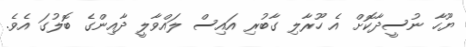
ޔޫހާ ނުސީދާކޮށް އެ ހޫރާލި ގާބުރި އައިސް ލައްވާލީ ދާއިންގެ ބޮލުގަ އެވެ.